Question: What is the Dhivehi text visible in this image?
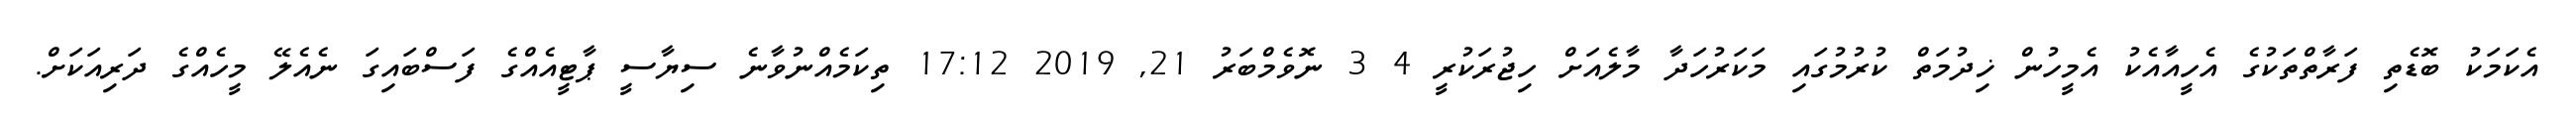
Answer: އެކަމަކު ބޮޑެތި ފަރާތްތަކުގެ އެހީއާއެކު އެމީހުން ޚިދުމަތް ކުރުމުގައި މަކަރުހަދާ މާލެއަށް ހިޖުރަކުރީ 4 3 ނޮވެމްބަރު 21, 2019 17:12 ތިކަމެއްނުވާނެ ސިޔާސީ ޕާޓީއެއްގެ ފަސްބައިގަ ނެއެލޭ މީހެއްގެ ދަރިއަކަށް.